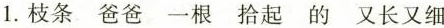
1. 枝条 爸爸 一根 拾起 的 又长又细